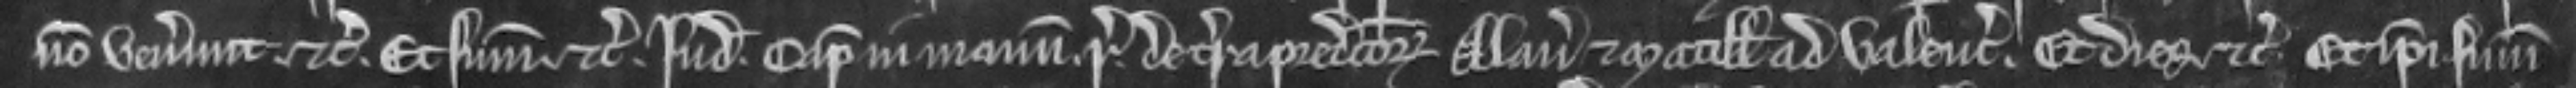
non venerunt etc. Et summonicio etc. Judicium. capiatur in manum regis de terra predictorum Alani et Matillidis ad valenciam. Et dies etc. Et ipsi summoneantur